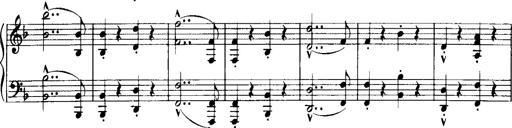
Title: Historische ungarische Bildnisse
Composer: Franz Liszt